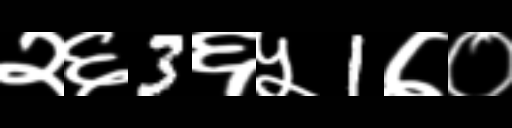
Text: २६3६५1७०